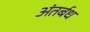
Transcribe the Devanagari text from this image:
अंतर्बध